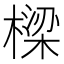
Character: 樑